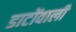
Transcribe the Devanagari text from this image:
डाटोंवाली